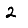
Digit: 2